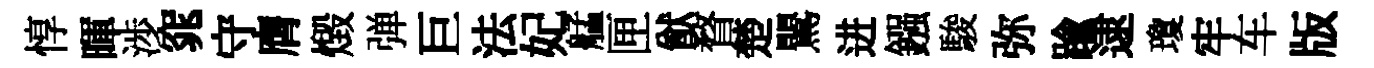
惇暉渉窕守膺燬弹巨法妃艋匣猷瞀楚鸎进鏹駿弥踰逮瓊牢车版